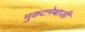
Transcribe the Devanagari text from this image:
मुकटमेबाजी